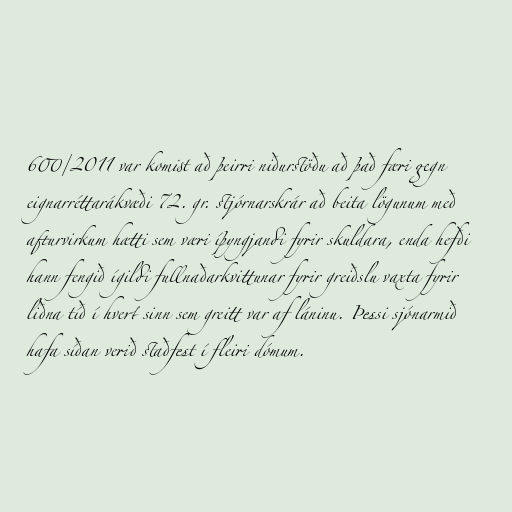
600/2011 var komist að þeirri niðurstöðu að það færi gegn
eignarréttarákvæði 72. gr. stjórnarskrár að beita lögunum með
afturvirkum hætti sem væri íþyngjandi fyrir skuldara, enda hefði
hann fengið ígildi fullnaðarkvittunar fyrir greiðslu vaxta fyrir
liðna tíð í hvert sinn sem greitt var af láninu. Þessi sjónarmið
hafa síðan verið staðfest í fleiri dómum.